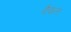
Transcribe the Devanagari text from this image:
कैशरत